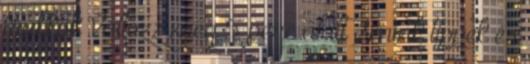
trükkök Változz meg 5 perc alatt Smink tippek és